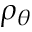
\rho _ { \theta }